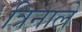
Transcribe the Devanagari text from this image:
त्रिनाले